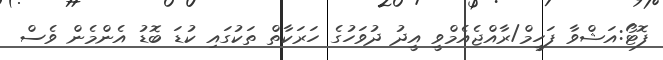
ފޮޓޯ:އަޝްވާ ފަހީމް/ރާއްޖެއެމްވީ އީދު ދުވަހުގެ ހަރަކާތް ތަކުގައި ކުޑަ ބޮޑު އެންމެން ވެސް